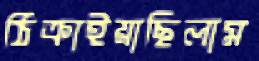
ঠিক্‌রাইয়াছিলাম